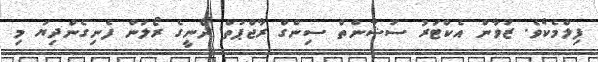
ފިލްމެކެވެ. ޒުވާން އެކްޓަރު ސުޝާންތް ސިންގް ރާޖްޕުތް ދޯނީގެ ރޯލުން ފެނިގެންދިޔަ މި